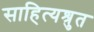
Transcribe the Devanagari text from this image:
साहित्यश्रुत